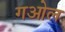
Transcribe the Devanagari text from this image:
गओल